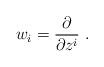
LaTeX: \begin{align*}w_i=\frac{\partial }{\partial z^i }\ . \end{align*}